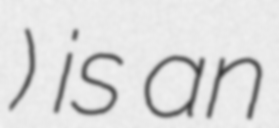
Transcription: райо́н) is an